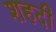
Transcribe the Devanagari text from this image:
शहदी